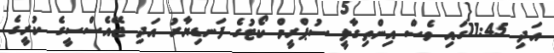
އަދި 11:45ގައި ވެސް އިންތިގާލީ ސުޕްރީމް ކޯޓުގެ ފަނޑިޔާރު އަދި ޖޭއެސްސީގެ ކުރީގެ